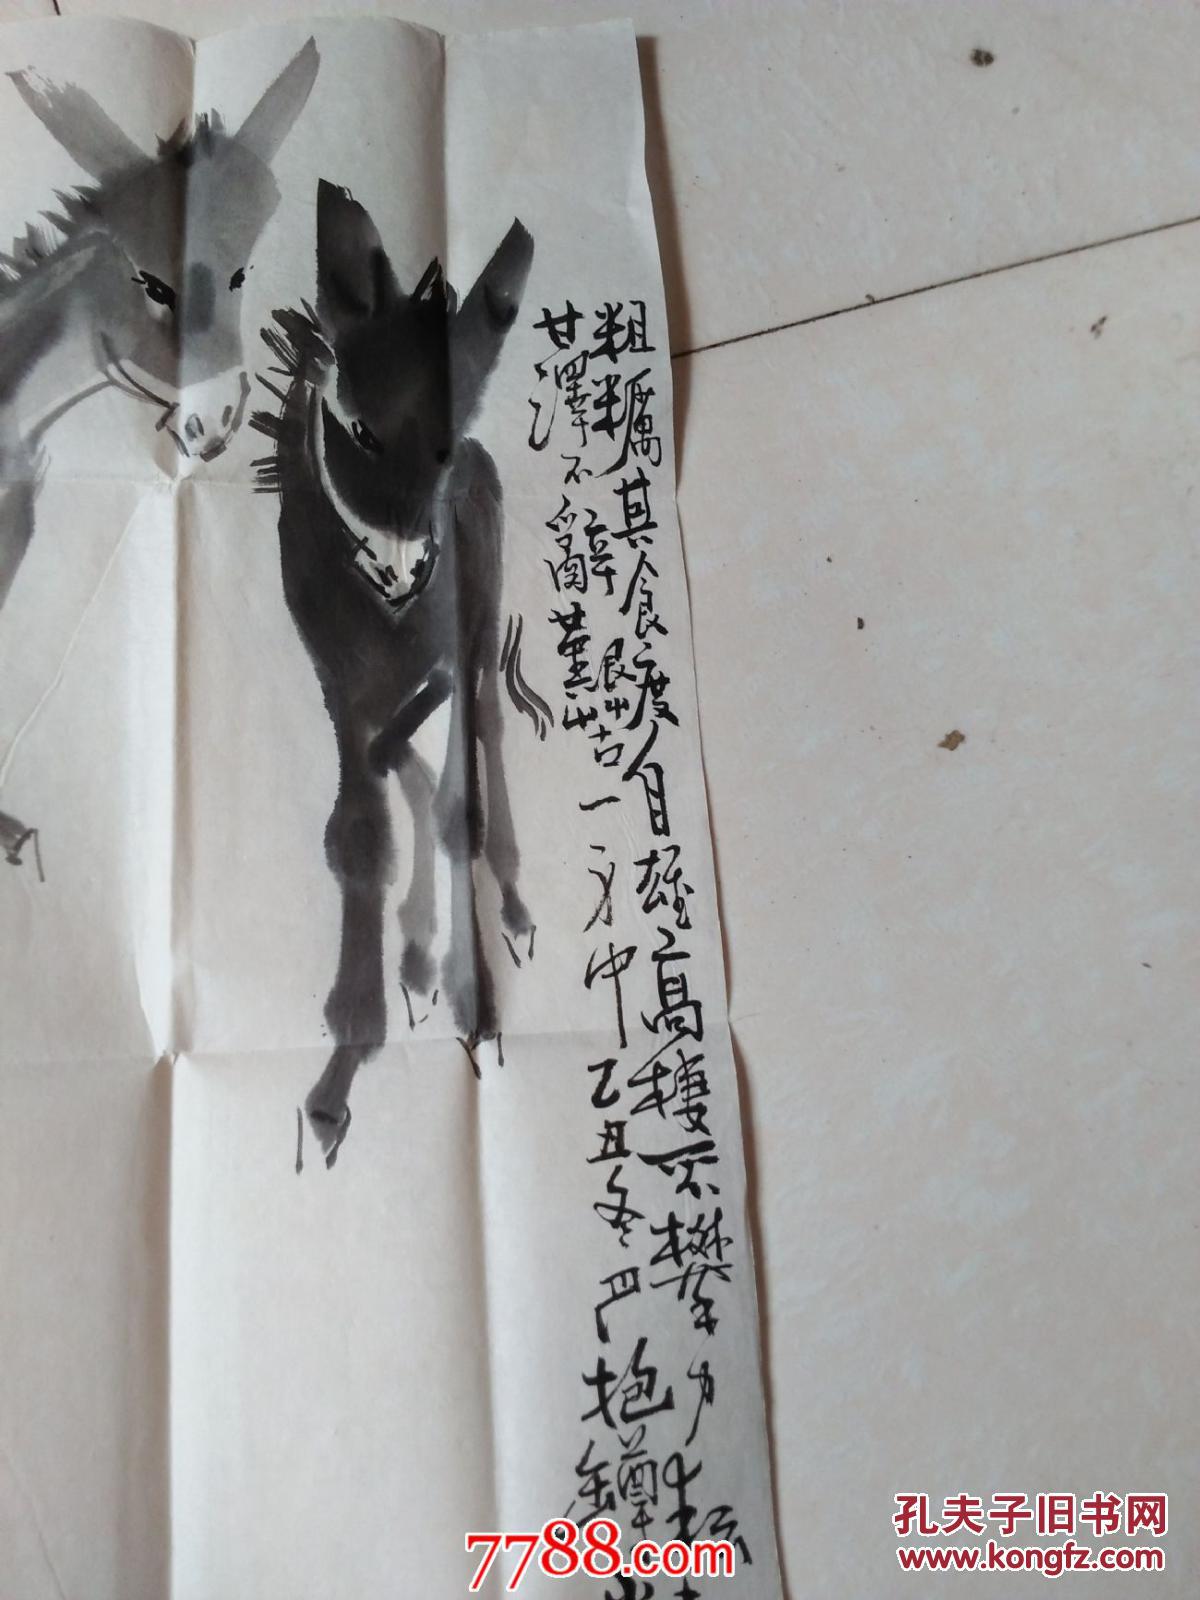
无人收废帐，归马识残旗。